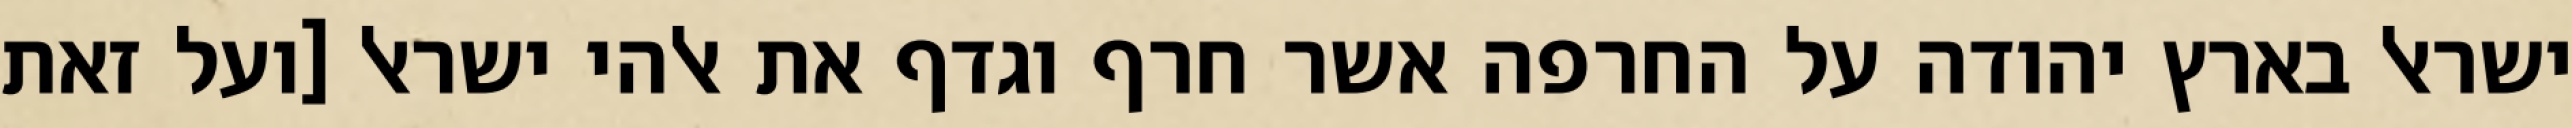
ישראל בארץ יהודה על החרפה אשר חרף וגדף את אלהי ישראל [ועל זאת